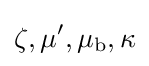
\zeta ,\mu ',\mu _{\mathrm {b} },\kappa